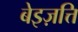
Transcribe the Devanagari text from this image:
बेइज़त्ति